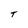
Character: T